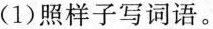
(1)照样子写词语。